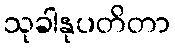
သုခါနုပတိတာ